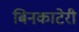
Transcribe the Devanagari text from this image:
बिनकाटेरी